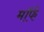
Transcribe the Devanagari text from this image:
मॉर्फ